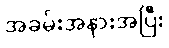
အခမ်းအနားအပြီး